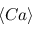
\langle C a \rangle